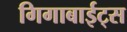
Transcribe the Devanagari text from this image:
गिगाबाईट्स